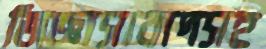
জিজ্ঞাসাবাদসহ